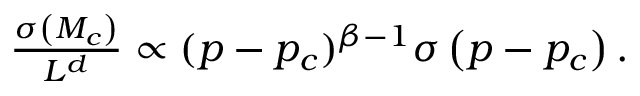
\begin{array} { r } { \frac { \sigma \left( M _ { c } \right) } { L ^ { d } } \propto ( p - p _ { c } ) ^ { \beta - 1 } \sigma \left( p - p _ { c } \right) . } \end{array}